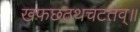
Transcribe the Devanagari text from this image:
खफछठथचटतव्॥